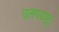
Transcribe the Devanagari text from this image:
उलगडवून